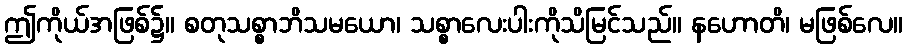
ဤကိုယ်အဖြစ်၌။ စတုသစ္စာဘိသမယော၊ သစ္စာလေးပါးကိုသိမြင်သည်။ နဟောတိ၊ မဖြစ်လေ။